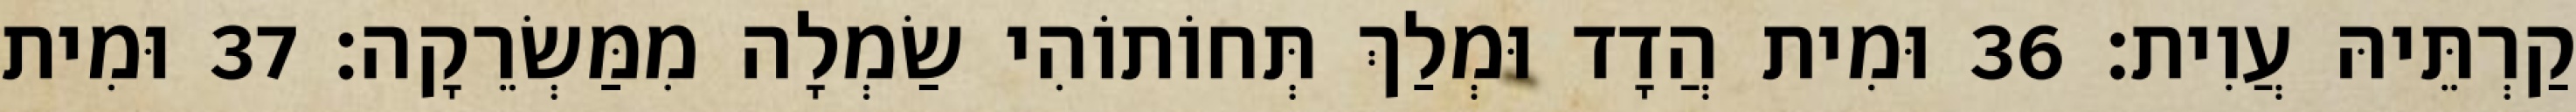
קַרְתֵּיהּ עֲוִית׃ 36 וּמִית הֲדָד וּמְלַךְ תְּחוֹתוֹהִי שַׂמְלָה מִמַּשְׂרֵקָה׃ 37 וּמִית